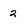
Character: 2